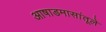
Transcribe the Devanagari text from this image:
आषाडमासांतूले